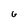
Character: 6